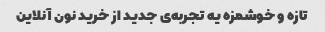
تازه و خوشمزه یه تجربه‌ی جدید از خرید نون آنلاین